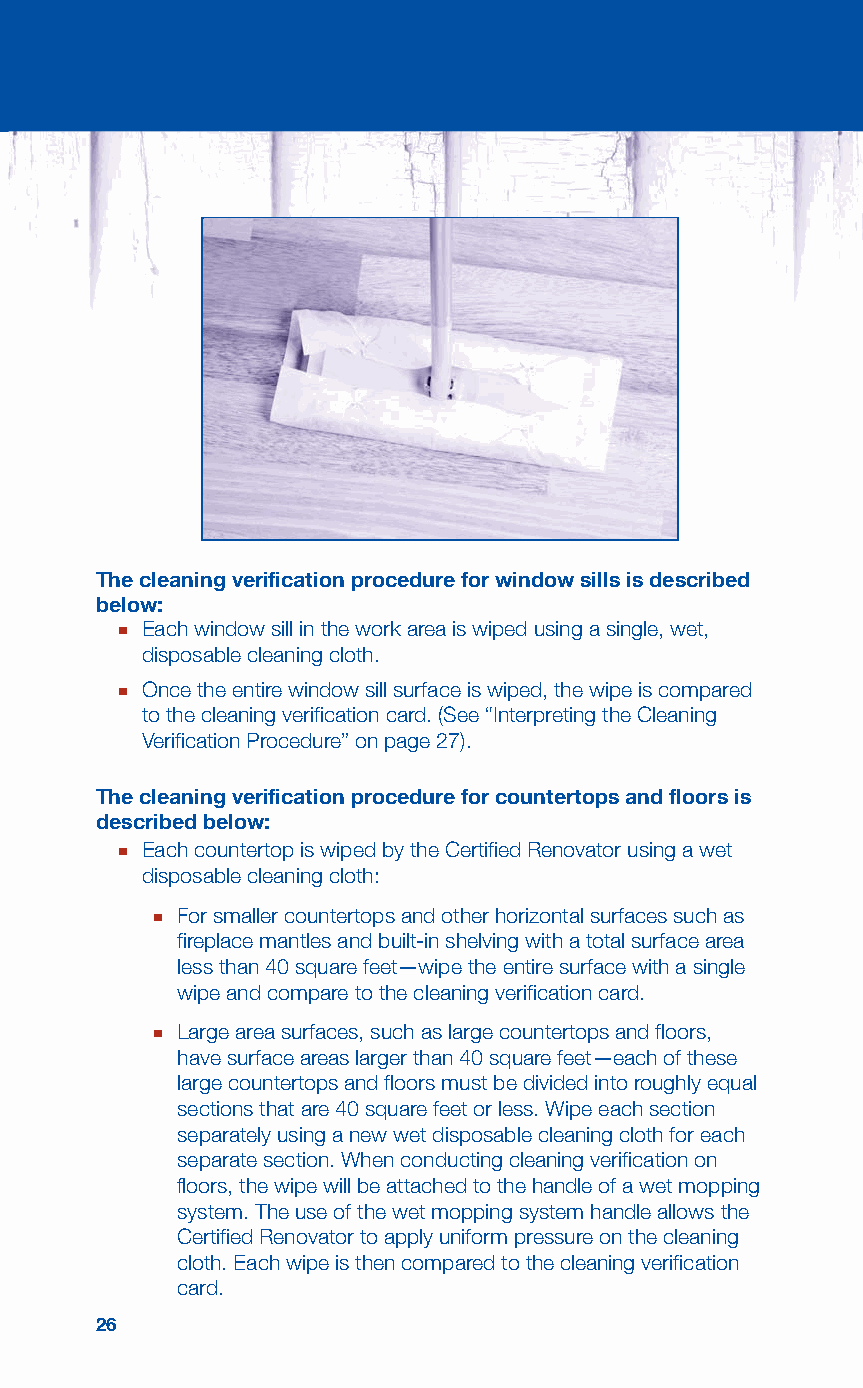
The cleaning verification procedure for window sills is described
 below:
 ■ Each window sill in the work area is wiped using a single, wet,
 disposable cleaning cloth.
 ■ Once the entire window sill surface is wiped, the wipe is compared
 to the cleaning verification card. (See “Interpreting the Cleaning
 Verification Procedure” on page 27).
 The cleaning verification procedure for countertops and floors is
 described below:
 ■ Each countertop is wiped by the Certified Renovator using a wet
 disposable cleaning cloth:
 ■ For smaller countertops and other horizontal surfaces such as
 fireplace mantles and built-in shelving with a total surface area
 less than 40 square feet—wipe the entire surface with a single
 wipe and compare to the cleaning verification card.
 ■ Large area surfaces, such as large countertops and floors,
 have surface areas larger than 40 square feet—each of these
 large countertops and floors must be divided into roughly equal
 sections that are 40 square feet or less. Wipe each section
 separately using a new wet disposable cleaning cloth for each
 separate section. When conducting cleaning verification on
 floors, the wipe will be attached to the handle of a wet mopping
 system. The use of the wet mopping system handle allows the
 Certified Renovator to apply uniform pressure on the cleaning
 cloth. Each wipe is then compared to the cleaning verification
 card.
 26